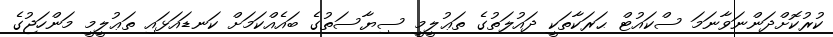
ކުރުކޮށްދަންނަވާނަމަ ސްކައުޓް ޙަރަކާތަކީ ދައުލަތުގެ ތަޢުލީމީ ސިޔާސަތުގެ ބައެއްކަމަށް ކަނޑައަޅައި ތަޢުލީމީ މަންހަޖުގެ